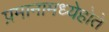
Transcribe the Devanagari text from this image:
प्रमानामध्येहोते